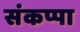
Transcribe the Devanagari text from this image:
संकप्पा